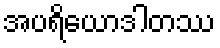
အပရိယောဒါတဿ